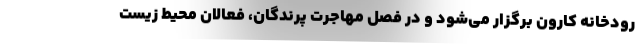
رودخانه کارون برگزار می‌شود و در فصل مهاجرت پرندگان، فعالان محیط زیست